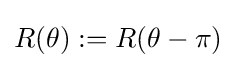
R(\theta ):=R(\theta -\pi )